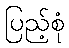
ပြည့်စုံ